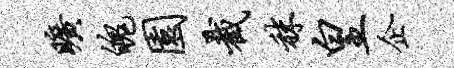
旷魄园截秣皇企